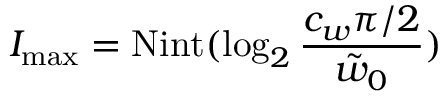
I _ { \mathrm { m a x } } = \mathrm { N i n t } ( \log _ { 2 } \frac { c _ { w } \pi / 2 } { \tilde { w } _ { 0 } } )